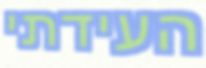
העידתי